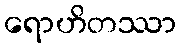
ရောဟိတဿာ